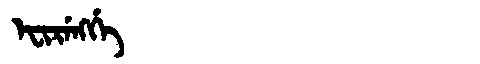
Manchu: ᡝᠸᡳᡵᡝᠩᡤᡝ
Romanization: EFIRENGGE